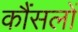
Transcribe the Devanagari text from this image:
कौंसलों